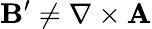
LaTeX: \mathbf{B}^{\prime}\neq\nabla\times\mathbf{A}